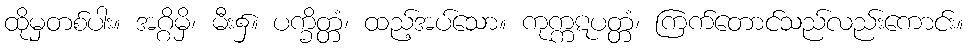
ထိုမှတစ်ပါး။ အဂ္ဂိမှိ၊ မီး၌။ ပက္ခိတ္တံ၊ ထည့်အပ်သော။ ကုက္ကဋပတ္တံ၊ ကြက်တောင်သည်လည်းကောင်း။